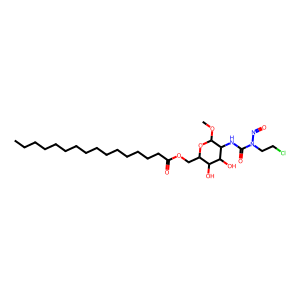
SMILES: CCCCCCCCCCCCCCCC(=O)OCC1OC(OC)C(NC(=O)N(CCCl)N=O)C(O)C1O
Inhibits HIV replication: No